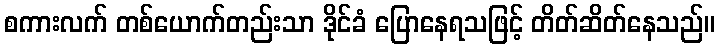
စကားလက် တစ်ယောက်တည်းသာ ဒိုင်ခံ ပြောနေရသဖြင့် တိတ်ဆိတ်နေသည်။